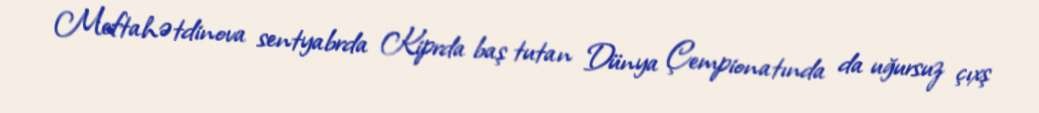
Meftahətdinova sentyabrda Kiprda baş tutan Dünya Çempionatında da uğursuz çıxş